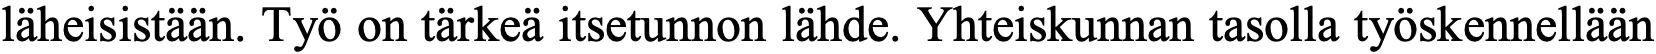
läheisistään. Työ on tärkeä itsetunnon lähde. Yhteiskunnan tasolla työskennellään